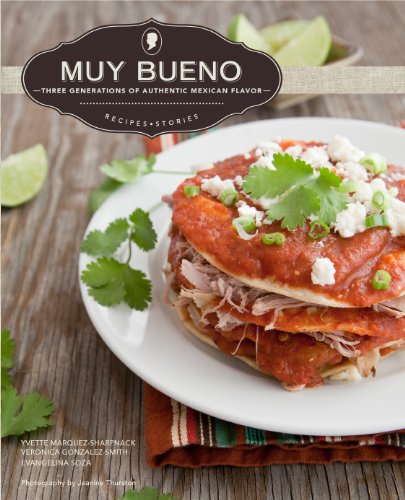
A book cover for Muy Bueno: Three Generations of Authentic Mexican Flavor; Yvette Marquez-Sharpnack; Cookbooks, Food & Wine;